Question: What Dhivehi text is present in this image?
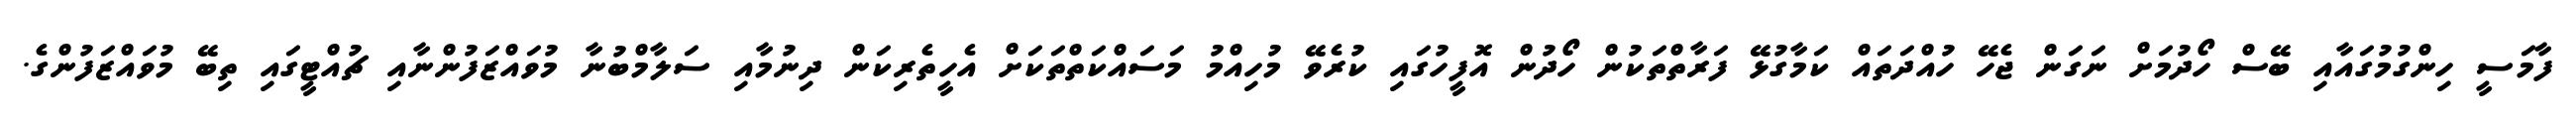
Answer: ފާމަސީ ހިންގުމުގައާއި ބޭސް ހޯދުމަށް ނަގަން ޖެހޭ ހުއްދަތައް ކަމާގުޅޭ ފަރާތްތަކުން ހޯދުން އޮފީހުގައި ކުރެވޭ މުހިއްމު މަސައްކަތްތަކަށް އެހީތެރިކަން ދިނުމާއި ސަލާމްބުނާ މުވައްޒަފުންނާއި ޗުއްޓީގައި ތިބޭ މުވައްޒަފުންގެ.